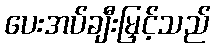
ပေးအပ်ချီးမြှင့်သည်